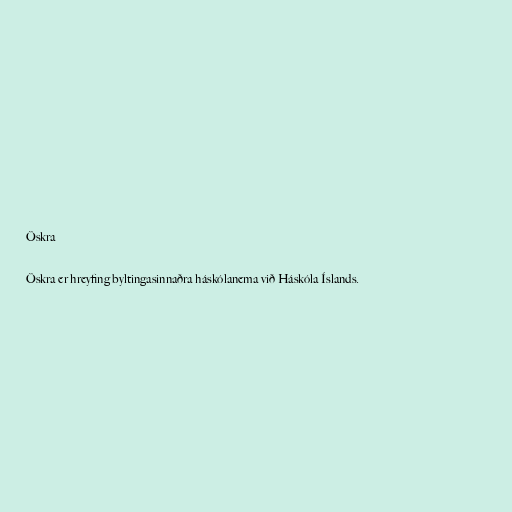
Öskra

Öskra er hreyfing byltingasinnaðra háskólanema við Háskóla Íslands.